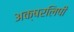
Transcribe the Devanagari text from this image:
अक्षरलिपी